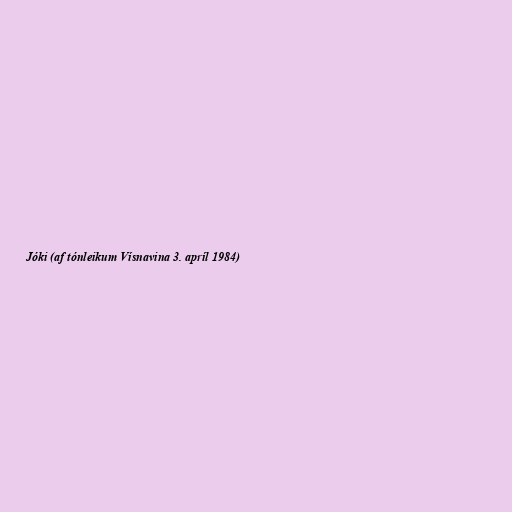
Jóki (af tónleikum Vísnavina 3. apríl 1984)